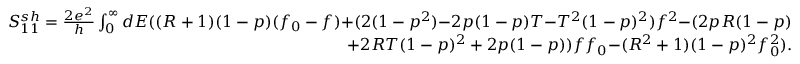
\begin{array} { r } { { S _ { 1 1 } ^ { s h } = \frac { 2 e ^ { 2 } } { h } \int _ { 0 } ^ { \infty } d E ( ( R + 1 ) ( 1 - p ) ( f _ { 0 } - f ) } { + ( 2 ( 1 - p ^ { 2 } ) } { - 2 p ( 1 - p ) T } { - T ^ { 2 } ( 1 - p ) ^ { 2 } ) f ^ { 2 } } { - ( 2 p R ( 1 - p ) } } \\ { { + 2 R T ( 1 - p ) ^ { 2 } + 2 p ( 1 - p ) ) f f _ { 0 } } { - ( R ^ { 2 } + 1 ) ( 1 - p ) ^ { 2 } f _ { 0 } ^ { 2 } ) . } } \end{array}